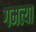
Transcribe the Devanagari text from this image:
गमत्या